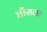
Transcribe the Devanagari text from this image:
घौंसला